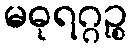
မဓုရဂ္ဂဉ္စ